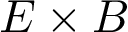
E \times B